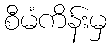
စီမံကိန်းမှ